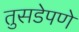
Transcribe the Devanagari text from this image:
तुसडेपणे